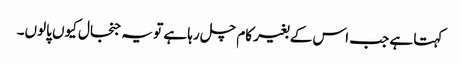
کہتا ہے جب اس کے بغیر کام چل رہا ہے تو یہ جنجال کیوں پالوں۔